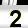
Digit: 2